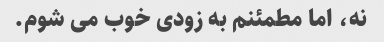
نه، اما مطمئنم به زودی خوب می شوم.